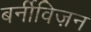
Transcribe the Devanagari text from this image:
बर्नीविज़न